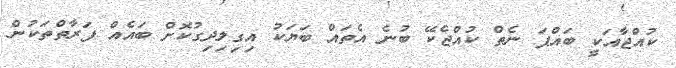
ކުއްޖާއަކީ ބައްޕަ ނެތް ކުއްޖެކޭ ބުނެ އެތައް ބަޔަކު އިގިލިދިގުކޮށް ބައެއް ފަރާތްތަކުން